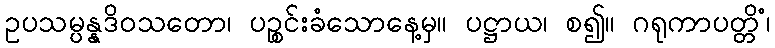
ဥပသမ္ပန္နဒိဝသတော၊ ပဉ္စင်းခံသောနေ့မှ။ ပဋ္ဌာယ၊ စ၍။ ဂရုကာပတ္တိံ၊